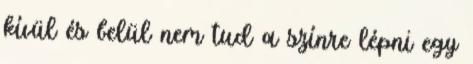
kívül és belül nem tud a színre lépni egy